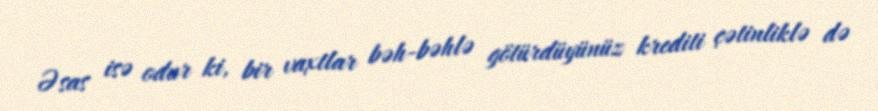
Əsas isə odur ki, bir vaxtlar bəh-bəhlə götürdüyünüz krediti çətinliklə də